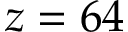
z = 6 4